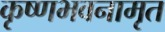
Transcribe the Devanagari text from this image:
कृष्णभवनामृत